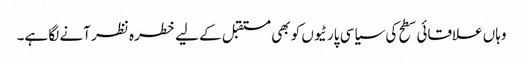
وہاں علاقائی سطح کی سیاسی پارٹیوں کو بھی مستقبل کے لیے خطرہ نظر آنے لگا ہے۔